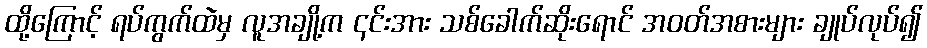
ထို့ကြောင့် ရပ်ကွက်ထဲမှ လူအချို့က ၎င်းအား သစ်ခေါက်ဆိုးရောင် အဝတ်အစားများ ချုပ်လုပ်၍